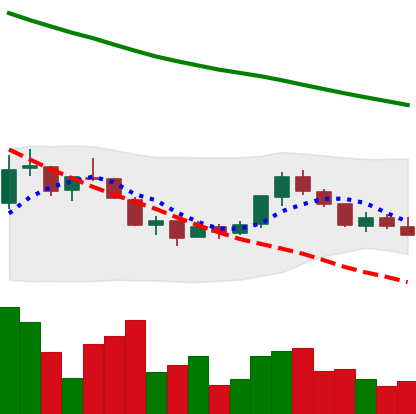
Ticker: NEO-USD
Chart end date: 2018-07-23
Forward return: 4.854%
Label: up_3_5